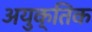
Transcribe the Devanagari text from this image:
अयुक्तिक